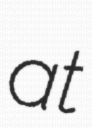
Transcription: at